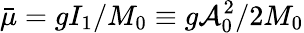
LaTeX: \bar{\mu}=gI_{1}/M_{0}\equiv g\mathcal{A}_{0}^{2}/2M_{0}